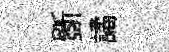
斵譎